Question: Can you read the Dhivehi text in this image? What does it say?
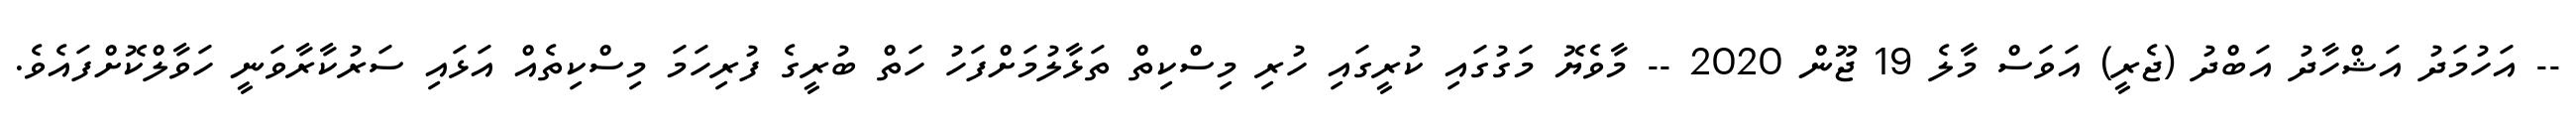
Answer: -- އަހުމަދު އަޝްހާދު އަބްދު (ޖެރީ) އަވަސް މާލެ 19 ޖޫން 2020 -- މާވެޔޮ މަގުގައި ކުރީގައި ހުރި މިސްކިތް ތަޅާލުމަށްފަހު ހަތް ބުރީގެ ފުރިހަމަ މިސްކިތެއް އަޅައި ސަރުކާރާވަނީ ހަވާލްކޮށްފައެވެ.